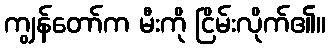
ကျွန်တော်က မီးကို ငြိမ်းလိုက်၏။